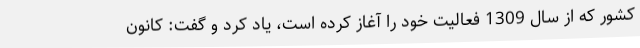
کشور که از سال 1309 فعالیت خود را آغاز کرده است، یاد کرد و گفت: کانون